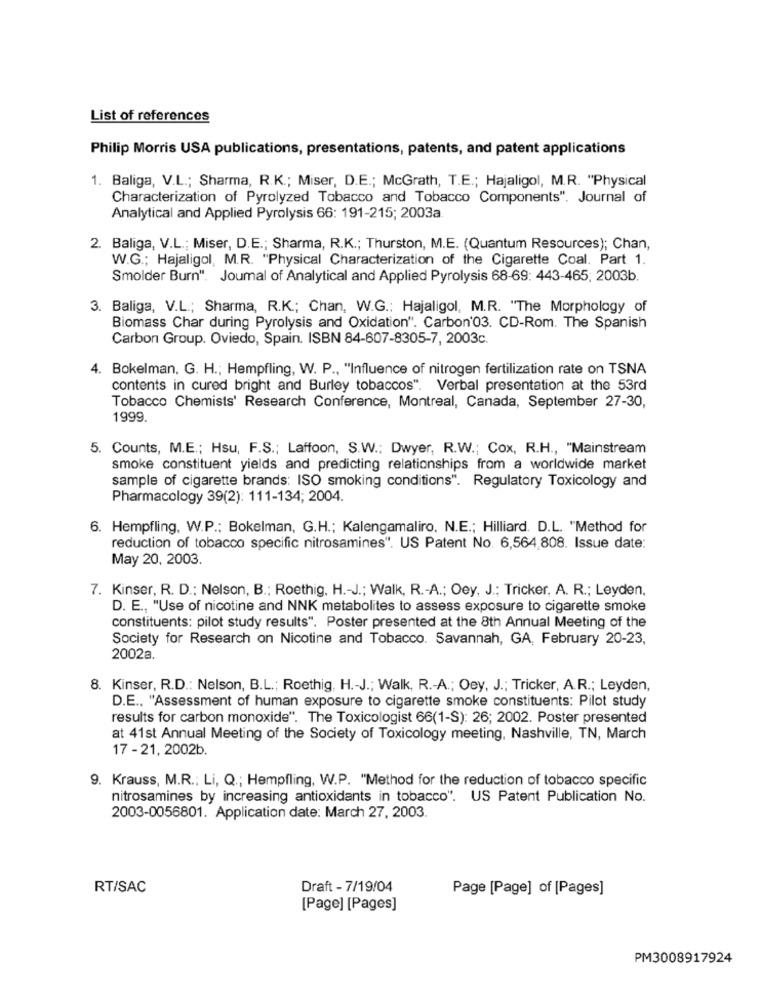
List of references
Philip Morris USA publications, presentations, patents, and patent applications
1. Baliga, V.L .; Sharma, R.K .; Miser, D.E .; McGrath, T.E .; Hajaligol, M.R. "Physical
Characterization of Pyrolyzed Tobacco and Tobacco Components". Journal of
Analytical and Applied Pyrolysis 66: 191-215; 2003a
2. Baliga, V.L .; Miser, D.E .; Sharma, R.K .; Thurston, M.E. (Quantum Resources); Chan,
W.G .; Hajaligol, M.R. "Physical Characterization of the Cigarette Coal. Part 1.
Smolder Burn". Joumal of Analytical and Applied Pyrolysis 68-69: 443-465; 2003b.
3. Baliga, V.L .; Sharma, R.K .; Chan, W.G .: Hajaligol, M.R. "The Morphology of
Biomass Char during Pyrolysis and Oxidation". Carbon'03. CD-Rom. The Spanish
Carbon Group. Oviedo, Spain. ISBN 84-607-8305-7, 2003c.
4. Bokelman. G. H .; Hempfling, W. P ., "Influence of nitrogen fertilization rate on TSNA
contents in cured bright and Burley tobaccos". Verbal presentation at the 53rd
Tobacco Chemists' Research Conference, Montreal, Canada, September 27-30,
1999.
5. Counts, M.E .; Hsu, F.S .; Laffoon, S.W .; Dwyer, R.W .; Cox, R.H ., "Mainstream
smoke constituent yields and predicting relationships from a worldwide market
sample of cigarette brands: ISO smoking conditions". Regulatory Toxicology and
Pharmacology 39(2): 111-134; 2004.
6. Hempfling, W.P .: Bokelman, G.H .; Kalengamaliro, N.E .; Hilliard. D.L. "Method for
reduction of tobacco specific nitrosamines". US Patent No. 6,564,808. Issue date:
May 20, 2003.
7. Kinser, R. D .: Nelson, B .; Roethig, H .- J .; Walk, R .- A .; Oey, J .; Tricker, A. R .; Leyden.
D. E ., "Use of nicotine and NNK metabolites to assess exposure to cigarette smoke
constituents: pilot study results". Poster presented at the 8th Annual Meeting of the
Society for Research on Nicotine and Tobacco. Savannah, GA, February 20-23,
2002a.
8. Kinser, R.D .: Nelson, B.L .; Roethig, H .- J .; Walk, R .- A .; Oey, J .; Tricker, A.R .; Leyden,
D.E ., "Assessment of human exposure to cigarette smoke constituents: Pilot study
results for carbon monoxide". The Toxicologist 66(1-S): 26; 2002. Poster presented
at 41st Annual Meeting of the Society of Toxicology meeting, Nashville, TN, March
17 - 21, 2002b.
9. Krauss, M.R .: Li, Q .; Hempfling, W.P. "Method for the reduction of tobacco specific
nitrosamines by increasing antioxidants in tobacco". US Patent Publication No.
2003-0056801. Application date: March 27, 2003
RT/SAC
Draft - 7/19/04
Page [Page] of [Pages]
[Page] [Pages]
PM3008917924